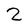
Character: 2